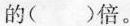
的( )倍。